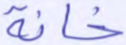
خانة